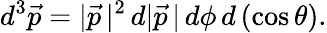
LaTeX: d^{3}{\vec{p}}=|{\vec{p}}\, |^{2}\, d|{\vec{p}}\, |\, d\phi\, d\left(\cos\theta\right).